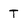
Character: T